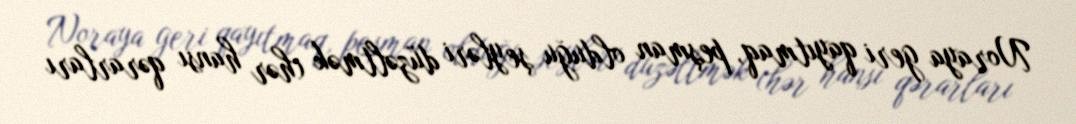
Noraya geri qayıtmaq, peşman olduğu şeyləri düzəltmək (hər hansı qərarları